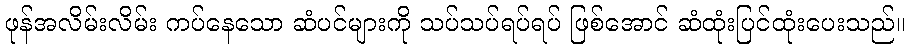
ဖုန်အလိမ်းလိမ်း ကပ်နေသော ဆံပင်များကို သပ်သပ်ရပ်ရပ် ဖြစ်အောင် ဆံထုံးပြင်ထုံးပေးသည်။